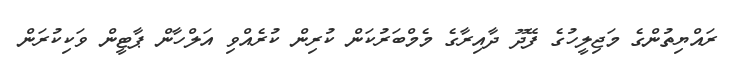
ރައްޔިތުންގެ މަޖިލީހުގެ ފޭދޫ ދާއިރާގެ މެމްބަރުކަން ކުރިން ކުރެއްވި އަލްހާން ޕާޓީން ވަކިކުރަން